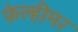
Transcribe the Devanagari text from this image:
फ़ेल्हीमर